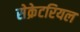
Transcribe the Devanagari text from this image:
सेक्रेटरियल